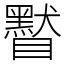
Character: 䁿